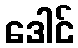
ဒေါင်